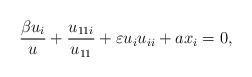
LaTeX: \begin{align*}\dfrac{\beta u_i}{u}+\dfrac{u_{11i}}{u_{11}}+\varepsilon u_iu_{ii}+ax_i=0,\end{align*}